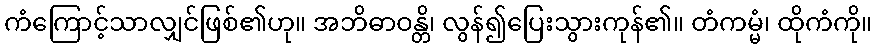
ကံကြောင့်သာလျှင်ဖြစ်၏ဟု။ အဘိဓာဝန္တိ၊ လွန်၍ပြေးသွားကုန်၏။ တံကမ္မံ၊ ထိုကံကို။